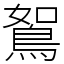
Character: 鴽